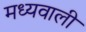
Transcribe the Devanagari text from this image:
मध्यवाली